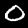
Label: 0